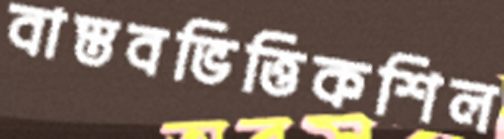
বাস্তবভিত্তিকশিল